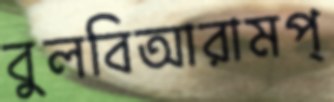
বুলবিআরামপ্